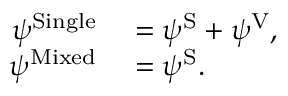
\begin{array} { r l } { \psi ^ { \mathrm { S i n g l e } } } & { { } = \psi ^ { \mathrm { S } } + \psi ^ { \mathrm { V } } , } \\ { \psi ^ { \mathrm { M i x e d } } } & { { } = \psi ^ { \mathrm { S } } . } \end{array}